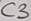
Text: C3